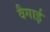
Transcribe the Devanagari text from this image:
वैगाई